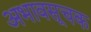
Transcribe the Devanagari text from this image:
अभावसूचक